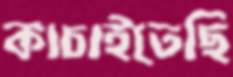
কাচাইতেছি